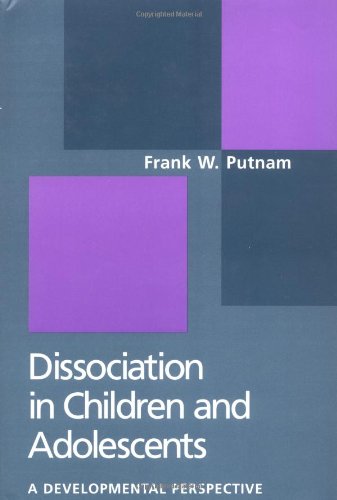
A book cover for Dissociation in Children and Adolescents: A Developmental Perspective; Frank W. Putnam MD; Health, Fitness & Dieting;